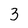
Character: 3